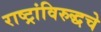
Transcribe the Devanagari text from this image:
राष्ट्रांविरुद्धचे